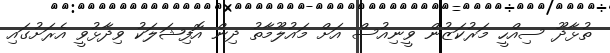
ތުޅާދޫ ސިއްހީ މަރުކަޒުން ވީނިއުސް އަށް މައުލޫމާތު ދިން އޮފިޝަލަކު ވިދާޅުވީ އެރަށުގައި